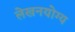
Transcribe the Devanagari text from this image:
लेखनयोग्य